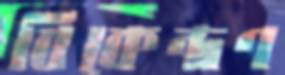
বিকেন্দ্রণ